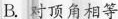
B.对顶角相等